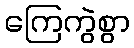
ကြေကွဲစွာ